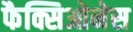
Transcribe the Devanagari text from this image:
फैक्सिओनेस